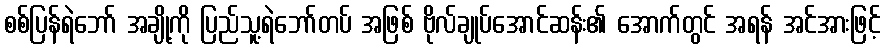
စစ်ပြန်ရဲဘော် အချို့ကို ပြည်သူ့ရဲဘော်တပ် အဖြစ် ဗိုလ်ချုပ်အောင်ဆန်း၏ အောက်တွင် အရန် အင်အားဖြင့်